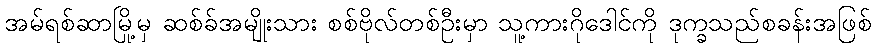
အမ်ရစ်ဆာမြို့မှ ဆစ်ခ်အမျိုးသား စစ်ဗိုလ်တစ်ဦးမှာ သူ့ကားဂိုဒေါင်ကို ဒုက္ခသည်စခန်းအဖြစ်